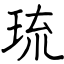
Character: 琉